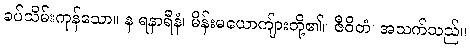
ခပ်သိမ်းကုန်သော။ န ရနာရီနံ၊ မိန်းမယောကျ်ားတို့၏။ ဇီဝိတံ၊ အသက်သည်။